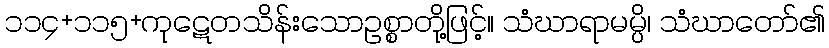
၁၁၄+၁၁၅+ကုဋေတသိန်းသောဥစ္စာတို့ဖြင့်။ သံဃာရာမမ္ပိ၊ သံဃာတော်၏